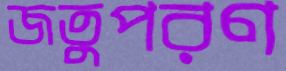
জতুপরণ